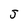
Character: j